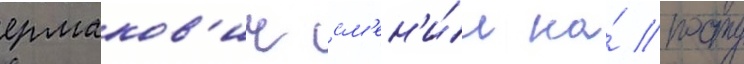
ермаков'ич см'ен'и́л на́ посту